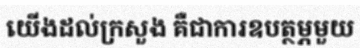
យើងដល់ក្រសួង គឺជាការឧបត្ថម្ភមួយ